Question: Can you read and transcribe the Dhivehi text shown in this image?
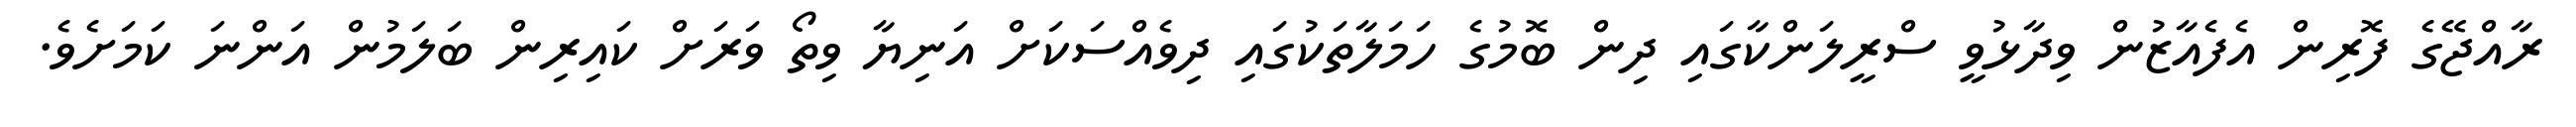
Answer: ރާއްޖޭގެ ފޮރިން އެފެއާޒުން ވިދާޅުވީ ސްރީލަންކާގައި ދިން ބޮމުގެ ހަމަލާތަކުގައި ދިވެއްސަކަށް އަނިޔާ ވިތޯ ވަރަށް ކައިރިން ބަލަމުން އަންނަ ކަމަށެވެ.